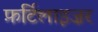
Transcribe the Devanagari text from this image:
फ़र्टिलाइज़र